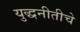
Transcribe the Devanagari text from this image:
युद्धनीतीचे